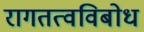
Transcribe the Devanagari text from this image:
रागतत्वविबोध